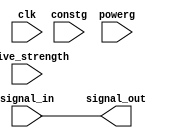
module IO_Block_LowPower_Buffer (
    input wire clk,
    input wire constg,
    input wire powerg,
    input wire [3:0] drive_strength,
    input wire [1:0] signal_in,
    output reg [1:0] signal_out
);

// Clock gating
always @(posedge clk) begin
    if (constg) begin
        // Perform operations when clock is gated
    end
end

// Power gating
always @(*) begin
    if (powerg) begin
        // Perform operations when power is gated
    end
end

// Adjustable drive strength
assign signal_out = {drive_strength[2:0], signal_in};

// ESD protection features
// Code for ESD protection features

endmodule